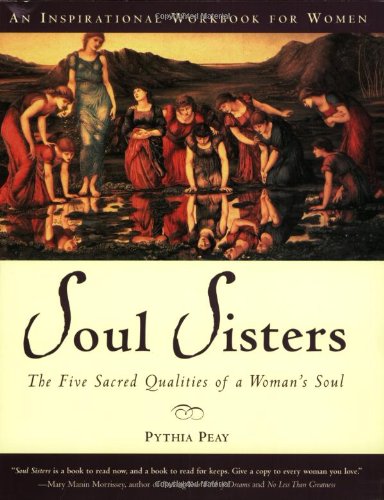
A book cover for Soul Sisters: The Five Sacred Qualities of a Woman's Soul; Pythia Peay; Religion & Spirituality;